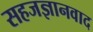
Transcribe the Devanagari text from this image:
सहजज्ञानवाद